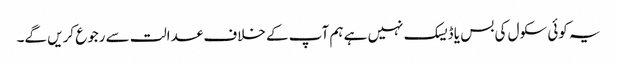
یہ کوئی سکول کی بس یا ڈیسک نہیں ہے ہم آپ کے خلاف عدالت سے رجوع کریں گے۔